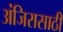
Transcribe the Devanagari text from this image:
अंजिरासाठी